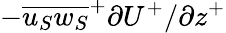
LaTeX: -{{\overline{{{u_{S}}{w_{S}}}}}^{+}}{{\partial}U^{+}/{\partial}z^{+}}